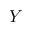
Y